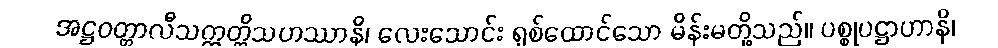
အဋ္ဌဝတ္တာလီသဣတ္ထိသဟဿာနိ၊ လေးသောင်း ရှစ်ထောင်သော မိန်းမတို့သည်။ ပစ္စုပဋ္ဌာဟာနိ၊